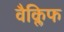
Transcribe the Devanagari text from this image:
वैक्लिफ